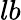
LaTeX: lb